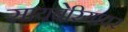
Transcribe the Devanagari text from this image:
सायबेरियावर